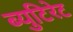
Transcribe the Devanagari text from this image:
ब्युटिरेट